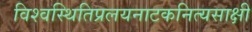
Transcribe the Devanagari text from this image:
विश्वस्थितिप्रलयनाटकनित्यसाक्षी